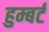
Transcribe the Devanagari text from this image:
हुम्बर्ट